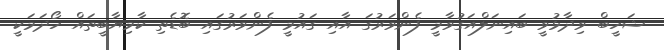
ޝަހީބް ވިދާޅުވީ ބައިނަލްއަގުވާމީ ފެންވަރުގަ އާއި ގައުމީ ފެންވަރުގައި ބޮޑެތި ކާމިޔާބީތައް ހޯދަމަކީ